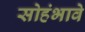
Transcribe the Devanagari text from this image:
सोहंभावे